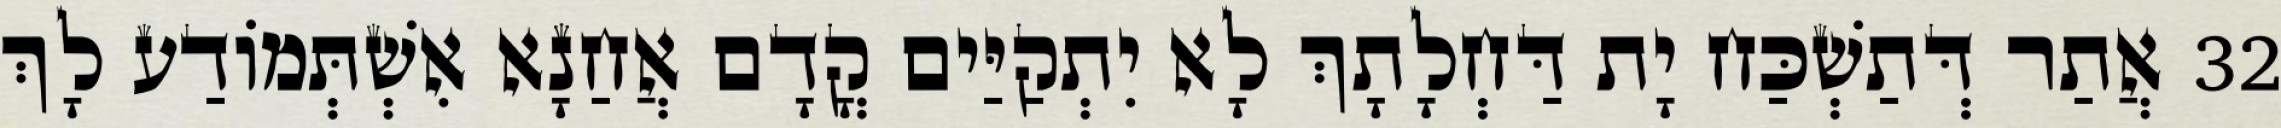
32 אֲתַר דְּתַשְׁכַּח יָת דַּחְלָתָךְ לָא יִתְקַיַּים קֳדָם אֲחַנָא אִשְׁתְּמוֹדַע לָךְ